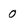
Character: 0